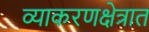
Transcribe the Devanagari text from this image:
व्याकरणक्षेत्रात